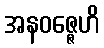
အနဝဇ္ဇေဟိ